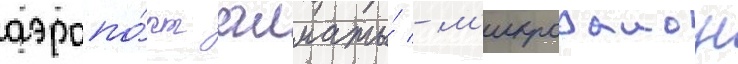
аэропо́рт алматы́ - м'икрораион